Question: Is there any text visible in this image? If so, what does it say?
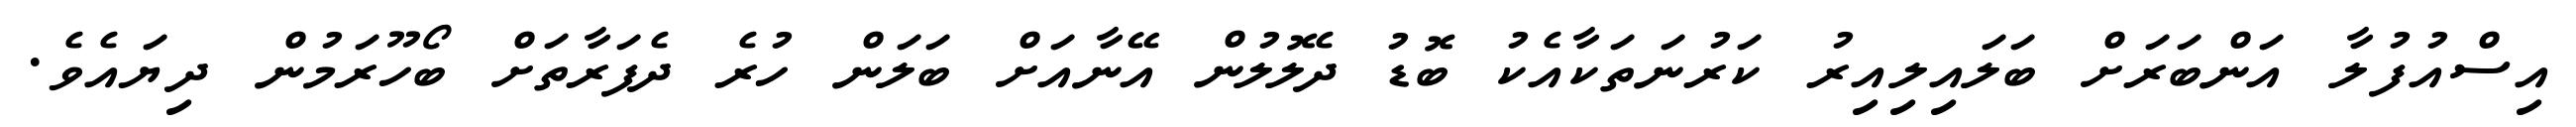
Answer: އިސްއުފުލާ އަންބަރަށް ބަލައިލިއިރު ކަރުނަތަކާއެކު ބޮޑު ދެލޮލުން އޭނާއަށް ބަލަން ހުރެ ދެފަރާތަށް ބޯހޫރަމުން ދިޔައެވެ.